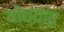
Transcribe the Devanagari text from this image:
योध्यात